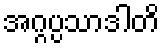
အဂ္ဂပ္ပသာဒါတိ